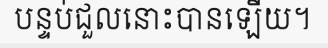
បន្ទប់ជួលនោះបានឡើយ។